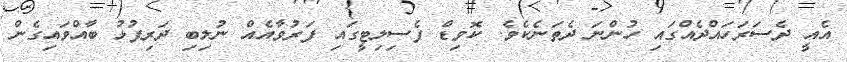
އެއީ ދެސަރަހައްދެއްގައި ހުންނަ ދެތަނެކެވެ. ކޮވިޑް ފެސިލިޓީގައި ފަރުވާއެއް ނުލިބި ދަރިފުޅު ބާއްވައިގެން